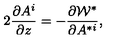
2 \frac { \partial A ^ { i } } { \partial z } = - \frac { \partial { \cal W } ^ { * } } { \partial A ^ { * i } } ,